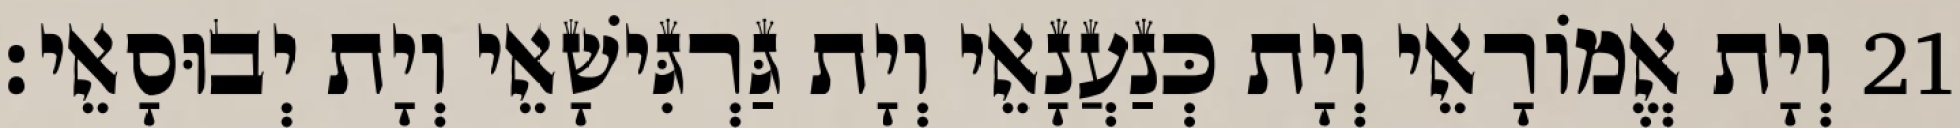
21 וְיָת אֱמוֹרָאֵי וְיָת כְּנַעֲנָאֵי וְיָת גַּרְגִּישָׁאֵי וְיָת יְבוּסָאֵי׃